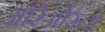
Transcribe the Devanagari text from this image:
अरिओस्तो